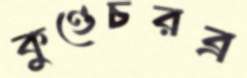
কুণ্ডেচরব্র